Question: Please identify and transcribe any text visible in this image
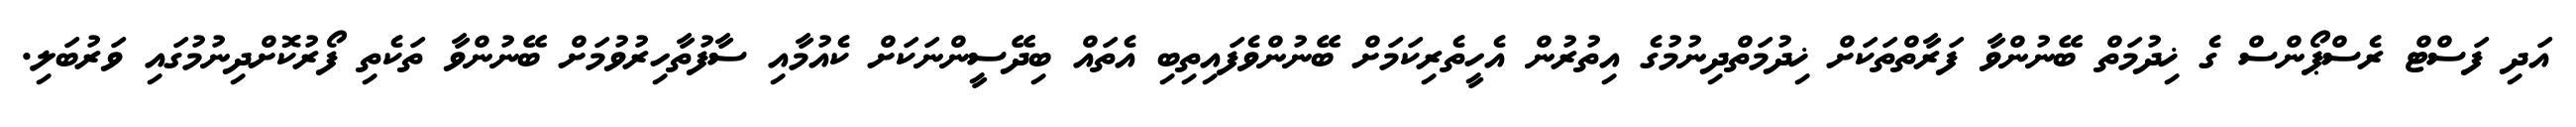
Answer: އަދި ފަސްޓް ރެސްޕޯންސް ގެ ޚިދުމަތް ބޭނުންވާ ފަރާތްތަކަށް ޚިދުމަތްދިނުމުގެ އިތުރުން އެހީތެރިކަމަށް ބޭނުންވެފައިތިބި އެތައް ބިދޭސީންނަކަށް ކެއުމާއި ސާފުތާހިރުވުމަށް ބޭނުންވާ ތަކެތި ފޯރުކޮށްދިނުމުގައި ވަރުބަލި.